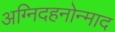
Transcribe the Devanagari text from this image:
अग्निदहनोन्माद